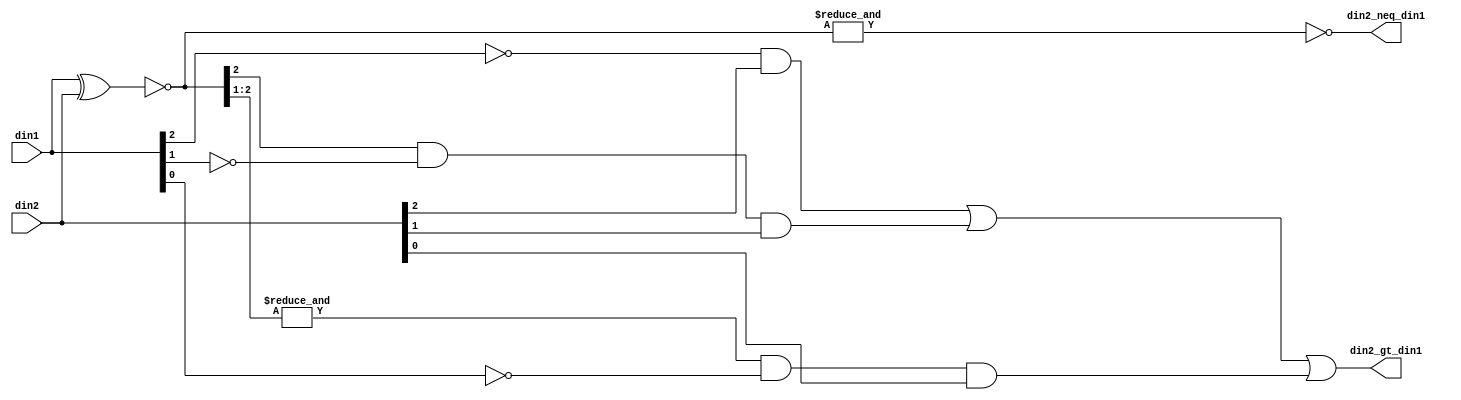
module fpu_in2_gt_in1_3b (
	din1,
	din2,

	din2_neq_din1,
	din2_gt_din1
);


input [2:0]	din1;			// input 1- 3 bits
input [2:0]	din2;			// input 2- 3 bits

output		din2_neq_din1;		// input 2 doesn't equal input 1
output		din2_gt_din1;		// input 2 is greater than input 1


wire [2:0]	din2_eq_din1;
wire		din2_neq_din1;
wire		din2_gt_din1;


assign din2_eq_din1[2:0]= (~(din1 ^ din2));

assign din2_neq_din1= (!(&din2_eq_din1));

assign din2_gt_din1= ((!din1[2]) && din2[2])
		|| (din2_eq_din1[2] && (!din1[1]) && din2[1])
		|| ((&din2_eq_din1[2:1]) && (!din1[0]) && din2[0]);


endmodule